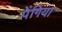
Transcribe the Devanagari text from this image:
पेंगिया